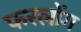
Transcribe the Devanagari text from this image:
फरलोंग